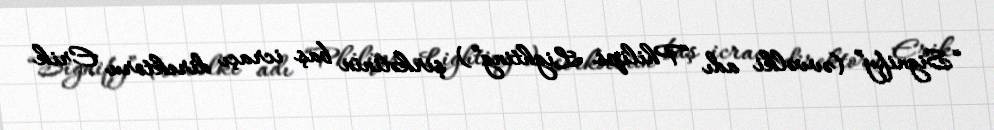
“Signify” (əvvəlki adı “Philips Lighting”) şirkətinin baş icraçı direktoru Erik